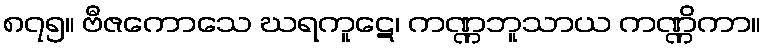
၈၇၅။ ဗီဇကောသေ ဃရကူဋေ၊ ကဏ္ဏဘူသာယ ကဏ္ဏိကာ။